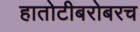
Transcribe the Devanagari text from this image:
हातोटीबरोबरच